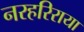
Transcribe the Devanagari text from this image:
नरहरिराया